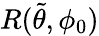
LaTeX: R(\tilde{\theta},\phi_{0})